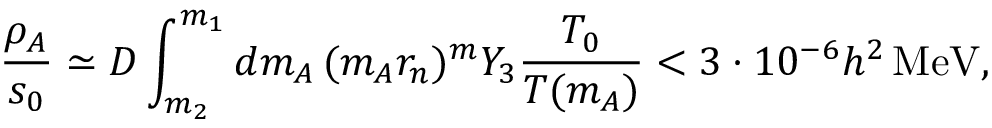
\frac { \rho _ { A } } { s _ { 0 } } \simeq D \int _ { m _ { 2 } } ^ { m _ { 1 } } d m _ { A } \, ( m _ { A } r _ { n } ) ^ { m } Y _ { 3 } \frac { T _ { 0 } } { T ( m _ { A } ) } < 3 \cdot 1 0 ^ { - 6 } h ^ { 2 } \, \mathrm { M e V } ,